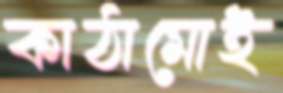
কাঠামোই